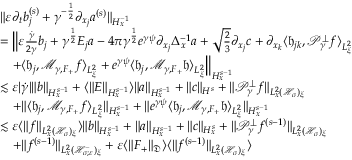
\begin{array} { r l } & { \| \varepsilon \partial _ { t } b _ { j } ^ { ( s ) } + \gamma ^ { - \frac { 1 } { 2 } } \partial _ { x _ { j } } a ^ { ( s ) } \| _ { H _ { x } ^ { - 1 } } } \\ & { = \Big \| \varepsilon \frac { \dot { \gamma } } { 2 \gamma } b _ { j } + \gamma ^ { \frac { 1 } { 2 } } E _ { j } a - 4 \pi \gamma ^ { \frac { 1 } { 2 } } e ^ { \gamma \psi } \partial _ { x _ { j } } \Delta _ { x } ^ { - 1 } a + \sqrt { \frac { 2 } { 3 } } \partial _ { x _ { j } } c + \partial _ { x _ { k } } \langle \mathfrak h _ { j k } , \mathcal P _ { \gamma } ^ { \perp } f \rangle _ { L _ { \xi } ^ { 2 } } } \\ & { \quad + \langle \mathfrak h _ { j } , \mathcal M _ { \gamma , F _ { + } } f \rangle _ { L _ { \xi } ^ { 2 } } + e ^ { \gamma \psi } \langle \mathfrak h _ { j } , \mathcal M _ { \gamma , F _ { + } } \mathfrak h \rangle _ { L _ { \xi } ^ { 2 } } \Big \| _ { H _ { x } ^ { s - 1 } } } \\ & { \lesssim \varepsilon | \dot { \gamma } | \| b \| _ { H _ { x } ^ { s - 1 } } + \langle \| E \| _ { H _ { x } ^ { s - 1 } } \rangle \| a \| _ { H _ { x } ^ { s - 1 } } + \| c \| _ { H ^ { s } } + \| \mathcal P _ { \gamma } ^ { \perp } f \| _ { L _ { x } ^ { 2 } ( \mathcal H _ { \sigma } ) _ { \xi } } } \\ & { \quad + \| \langle \mathfrak h _ { j } , \mathcal M _ { \gamma , F _ { + } } f \rangle _ { L _ { \xi } ^ { 2 } } \| _ { H _ { x } ^ { s - 1 } } + \| e ^ { \gamma \psi } \langle \mathfrak h _ { j } , \mathcal M _ { \gamma , F _ { + } } \mathfrak h \rangle _ { L _ { \xi } ^ { 2 } } \| _ { H _ { x } ^ { s - 1 } } } \\ & { \lesssim \varepsilon \langle \| f \| _ { L _ { x } ^ { 2 } ( \mathcal H _ { \sigma } ) _ { \xi } } \rangle \| b \| _ { H _ { x } ^ { s - 1 } } + \| a \| _ { H _ { x } ^ { s - 1 } } + \| c \| _ { H _ { x } ^ { s } } + \| \mathcal P _ { \gamma } ^ { \perp } f ^ { ( s - 1 ) } \| _ { L _ { x } ^ { 2 } ( \mathcal H _ { \sigma } ) _ { \xi } } } \\ & { \quad + \| f ^ { ( s - 1 ) } \| _ { L _ { x } ^ { 2 } ( \mathcal H _ { \sigma ; \varepsilon } ^ { - } ) _ { \xi } } + \varepsilon \langle \| F _ { + } \| _ { \mathfrak D } \rangle \langle \| f ^ { ( s - 1 ) } \| _ { L _ { x } ^ { 2 } ( \mathcal H _ { \sigma } ) _ { \xi } } \rangle } \end{array}